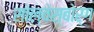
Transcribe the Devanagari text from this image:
सोल्वेस्बोर्ग